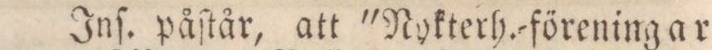
Inſ. påſtår, att 'Nykterh.=förening ar